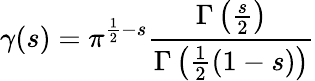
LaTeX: \gamma(s)=\pi^{{\frac{1}{2}}-s}{\frac{\Gamma\left({\frac{s}{2}}\right)}{\Gamma\left({\frac{1}{2}}(1-s)\right)}}